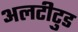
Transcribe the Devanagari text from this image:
अलटीटुड